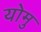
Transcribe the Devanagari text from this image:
योमु